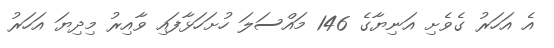
އެ އަހަރު ގެވެށި އަނިޔާގެ 146 މައްސަލަ ހުށަހަޅާފައި ވާއިރު މިދިޔަ އަހަރު